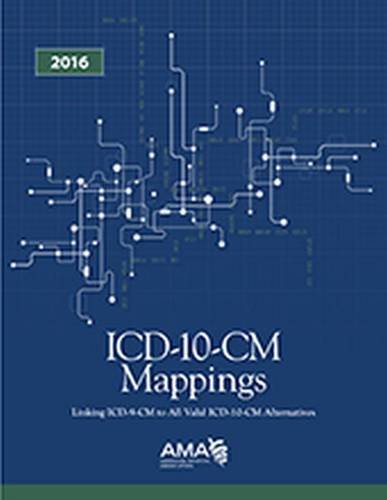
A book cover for ICD-10-CM 2016 Mappings; American Medical Association; Medical Books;